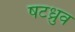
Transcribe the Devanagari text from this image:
षटध्रुव